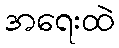
အရေးထဲ